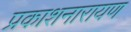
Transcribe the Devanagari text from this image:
प्रकाशनारायण